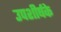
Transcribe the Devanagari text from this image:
उपशीर्षके